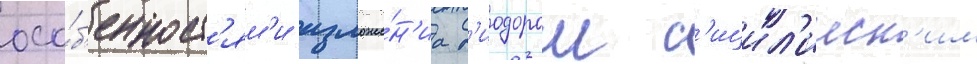
осо́б'енност'ям'и изложе́н'иа д'иодором с'ицил'ииск'им